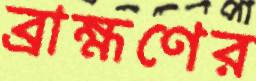
ব্রাহ্মণের